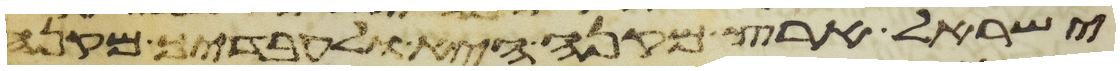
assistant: ישראל ארץ מקנה היא ולעבדיך מקנה